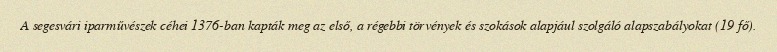
A segesvári iparművészek céhei 1376-ban kapták meg az első, a régebbi törvények és szokások alapjául szolgáló alapszabályokat (19 fő).